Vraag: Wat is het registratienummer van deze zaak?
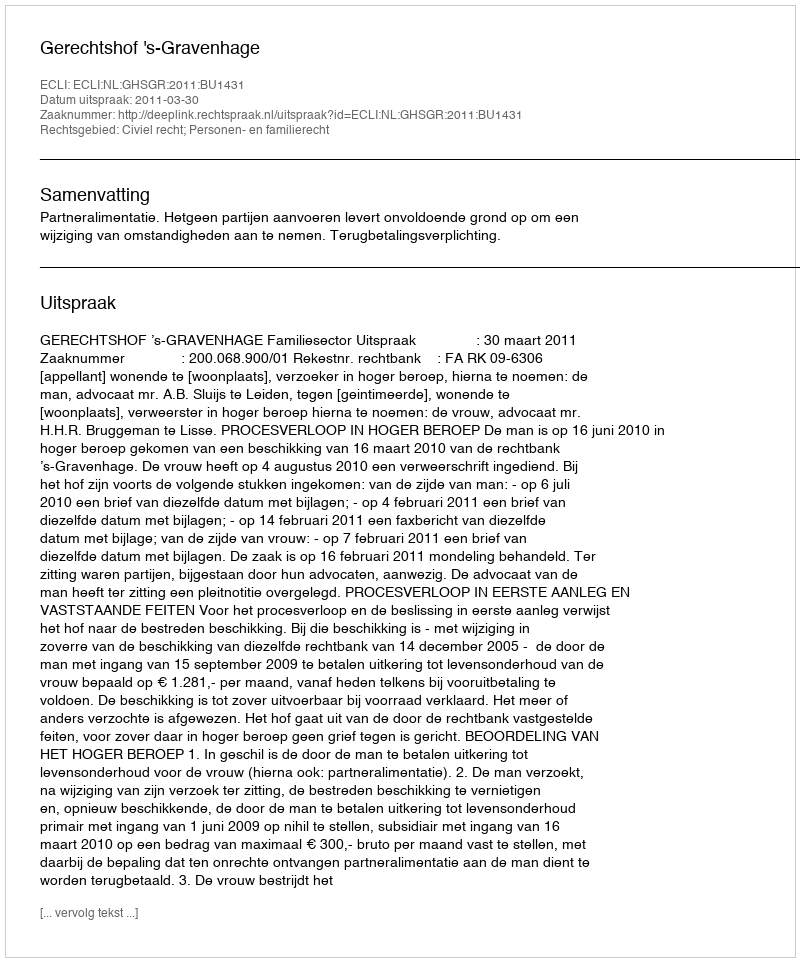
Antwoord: http://deeplink.rechtspraak.nl/uitspraak?id=ECLI:NL:GHSGR:2011:BU1431